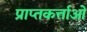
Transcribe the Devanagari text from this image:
प्राप्तकर्त्ताओं